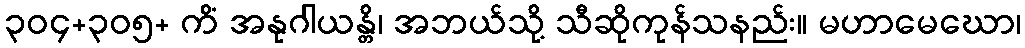
၃၀၄+၃၀၅+ ကိံ အနုဂါယန္တိ၊ အဘယ်သို့ သီဆိုကုန်သနည်း။ မဟာမေဃော၊